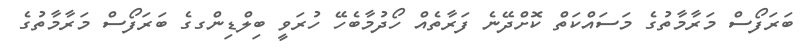
ބަރަފޯސް މަރާމާތުގެ މަސައްކަތް ކޮށްދޭނެ ފަރާތެއް ހޯދުމާބެހޭ ހުރަވީ ބިލްޑިންގގެ ބަރަފޯސް މަރާމާތުގެ